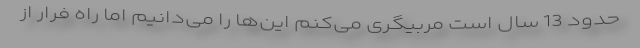
حدود 13 سال است مربیگری می‌کنم این‌ها را می‌دانیم اما راه فرار از